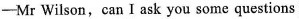
-Mr Wilson, can I ask you some questions